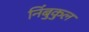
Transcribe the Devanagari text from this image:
निंबुकुल